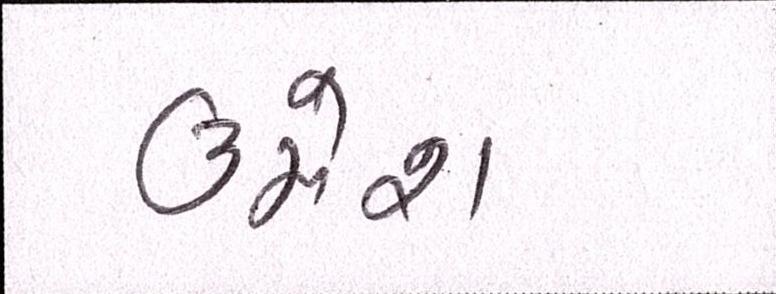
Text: ઉમેશ